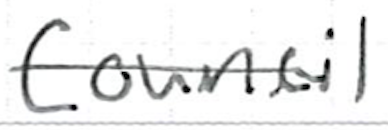
Text: Council
Cross-out: mix
Writing tool: ballpoint